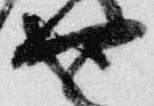
也